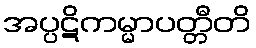
အပ္ပဋိကမ္မာပတ္တီတိ